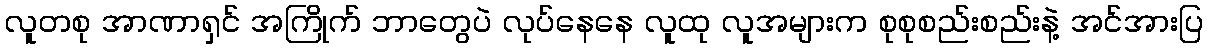
လူတစု အာဏာရှင် အကြိုက် ဘာတွေပဲ လုပ်နေနေ လူထု လူအများက စုစုစည်းစည်းနဲ့ အင်အားပြ